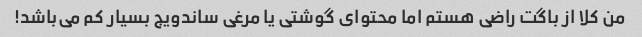
من کلا از باگت راضی هستم اما محتوای گوشتی یا مرغی ساندویج بسیار کم می‌باشد!